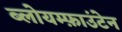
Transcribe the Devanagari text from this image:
ब्लोयम्फ़ाउंटेन